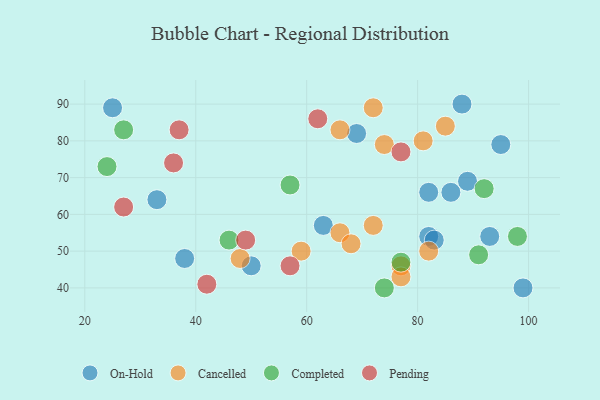
{"axis": {"x": "GDP", "y": "Life Expectancy"}, "legend": ["Cancelled", "Completed", "On-Hold", "Pending"], "data": [{"x": "88", "y": 90, "type": "On-Hold"}, {"x": "38", "y": 48, "type": "On-Hold"}, {"x": "25", "y": 89, "type": "On-Hold"}, {"x": "82", "y": 54, "type": "On-Hold"}, {"x": "86", "y": 66, "type": "On-Hold"}, {"x": "69", "y": 82, "type": "On-Hold"}, {"x": "83", "y": 53, "type": "On-Hold"}, {"x": "50", "y": 46, "type": "On-Hold"}, {"x": "33", "y": 64, "type": "On-Hold"}, {"x": "63", "y": 57, "type": "On-Hold"}, {"x": "99", "y": 40, "type": "On-Hold"}, {"x": "93", "y": 54, "type": "On-Hold"}, {"x": "95", "y": 79, "type": "On-Hold"}, {"x": "89", "y": 69, "type": "On-Hold"}, {"x": "82", "y": 66, "type": "On-Hold"}, {"x": "72", "y": 89, "type": "Cancelled"}, {"x": "66", "y": 55, "type": "Cancelled"}, {"x": "85", "y": 84, "type": "Cancelled"}, {"x": "74", "y": 79, "type": "Cancelled"}, {"x": "68", "y": 52, "type": "Cancelled"}, {"x": "72", "y": 57, "type": "Cancelled"}, {"x": "66", "y": 83, "type": "Cancelled"}, {"x": "82", "y": 50, "type": "Cancelled"}, {"x": "77", "y": 46, "type": "Cancelled"}, {"x": "81", "y": 80, "type": "Cancelled"}, {"x": "59", "y": 50, "type": "Cancelled"}, {"x": "77", "y": 43, "type": "Cancelled"}, {"x": "48", "y": 48, "type": "Cancelled"}, {"x": "74", "y": 40, "type": "Completed"}, {"x": "46", "y": 53, "type": "Completed"}, {"x": "91", "y": 49, "type": "Completed"}, {"x": "27", "y": 83, "type": "Completed"}, {"x": "92", "y": 67, "type": "Completed"}, {"x": "77", "y": 47, "type": "Completed"}, {"x": "57", "y": 68, "type": "Completed"}, {"x": "98", "y": 54, "type": "Completed"}, {"x": "24", "y": 73, "type": "Completed"}, {"x": "37", "y": 83, "type": "Pending"}, {"x": "77", "y": 77, "type": "Pending"}, {"x": "57", "y": 46, "type": "Pending"}, {"x": "27", "y": 62, "type": "Pending"}, {"x": "36", "y": 74, "type": "Pending"}, {"x": "49", "y": 53, "type": "Pending"}, {"x": "62", "y": 86, "type": "Pending"}, {"x": "42", "y": 41, "type": "Pending"}]}